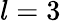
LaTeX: l=3